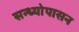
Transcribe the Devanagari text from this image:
सन्ध्याेपासन